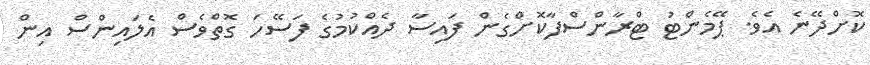
ކޮށްދޭނެ އެވެ. ޕޭމެންޓު ޓްރާންސްފާކޮށްގެން ފައިސާ ދެއްކުމުގެ ފަސޭހަ ގޮތްވެސް އެލައިންސް އިން